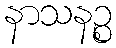
နာသနဉ္စ